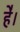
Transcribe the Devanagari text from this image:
हे॑।